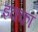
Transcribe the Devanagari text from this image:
इक्‍का